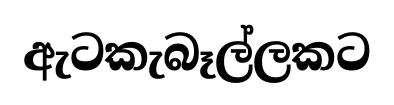
ඇටකැබෑල්ලකට